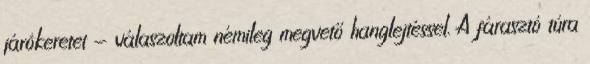
járókeretet - válaszoltam némileg megvető hanglejtéssel. A fárasztó túra